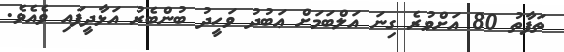
ތަފާތު 80 އަށްވުރެ ގިނަ އަލްބަމަށް ޢަބުދު ވަހީދު ބުންބެރު އަޅާދީފައި ވެއެވެ.